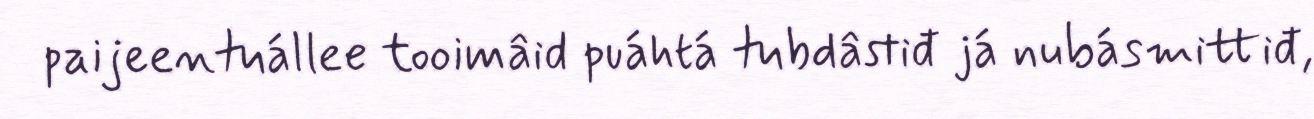
paijeentuállee tooimâid puáhtá tubdâstiđ já nubásmittiđ,